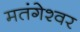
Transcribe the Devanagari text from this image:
मतंगेश्वर